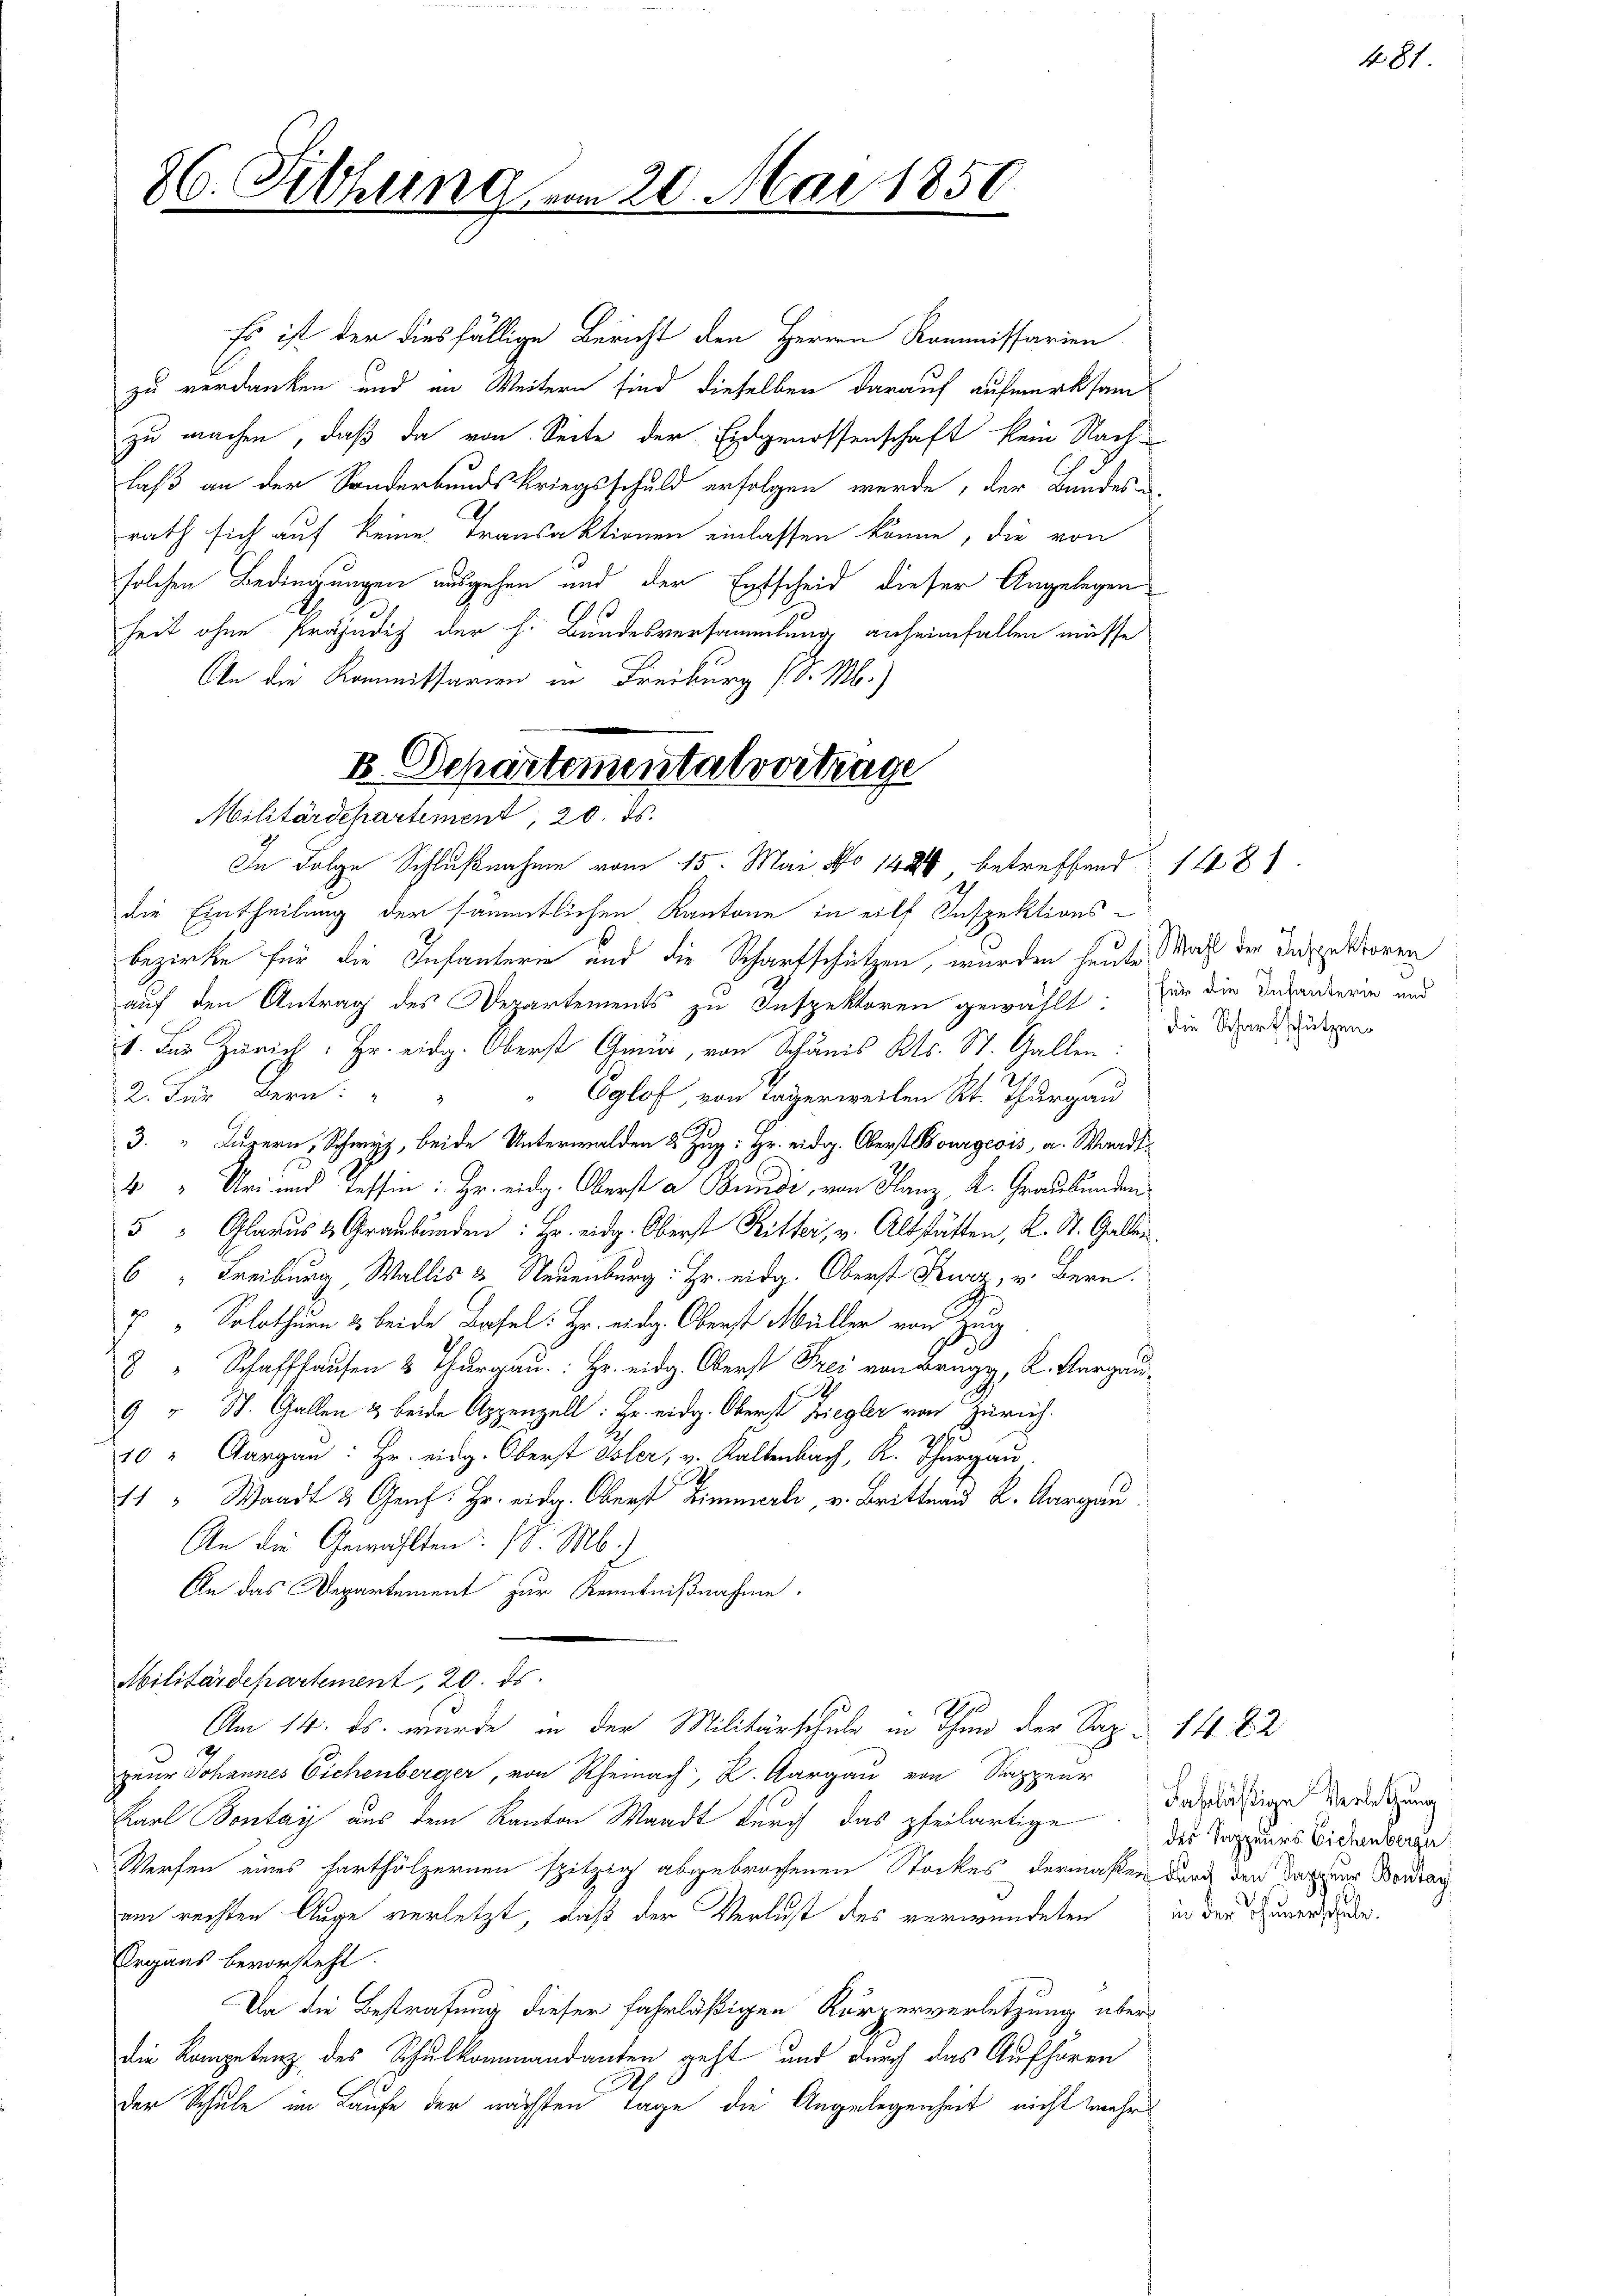
26. Filzung vom 20. Mai 1850.

Es ist der diesfällige Bericht den Herren Kommissarien
zu verdanken und in Weitern sind dieselben darauf aufmerksam
zu machen, daß da von Seite der Eidgenossenschaft kein Nach-
laß an der Sonderbundskriegsschuld erfolgen werde, der Bundes-
rath sich auf keine Transaktionen einlassen könne, die von
solchen Bedingungen ausgehen und der Entscheid dieser Angelegenheit ohne Präjudich der h. Bundesversammlung anheimfallen müsse
An die Kommissarien in Freiburg (S. M.)
In Folge Schlußnahme vom 15. Mai, No 1426 betreffend
die Eintheilung der sämmtlichen Kantone in eilf Inspektionsbezirke für die Infanterie und die Schaufschützen, wurden heute Maß der Despektoren
auf den Antrag des Departements zu Inspektoren gewählt:
1. Für Zürich: Hr. eidg. Oberst Gmür, von Schanis Kts. St. Gallen:
2. Für Bern: "
Eglof, von Tagerweilen Kt. Thurgau
3. " Luzern, Schwyz, beide Unterwalden 2 Zug: Hr. eidg. Oberst Bourgeois a. Waadt¬
4 " Uri und Tessin: Hr. eidg. Oberst a Bundi, von Hanz, K. Graubünden
5 " Glarus & Graubünden: Hr. eidg. Oberst Ritter, v. Altstätten, K. St. Gallen.
6 " Freiburg, Wallis & Neuenburg: Hr. eidg. Oberst Kurz, v. Bern.
7 " Solothurn 2 beide Basel: Hr. eidg. Oberst Müller von Zug
8" Schaffhausen Thurgau: Hr. eidg. Oberst Frei von Brugg, K. Aargau
.
9 “ St. Gallen & beide Appenzell: Hr. eidg. Oberst Ziegler von Zürich.
10 " Aargau: Hr. eidg. Oberst Oster, v. Kaltenbach, K. Thurgau
11 “ Waadt & Genf: Hr. eidg. Oberst Limmale, v. Brittend K. Aargau
An die Gewählten: d. M.
An das Departement zur Kenntnißnahme.
Militärdepartement, 20. ds.
A
Am 14. ds. wurde in der Militärschule in ihn der Sap. 14. 22
geur Johannes Eichenberger, von Aargau von Sapeur
Karl Bonay aus dem Kanton Waadt durch das pfeilartige
Werfen eines harthölzernen spitzig abgebrochenen Stockes dermaßen durch den Sarner Boudran
am rechten Auge verletzt, daß der Verlust des verwundeten
Ergans bevorsteht.
An die Bestrafung dieser fahrläßigen Körperverletzung über
die Kompetenz des Schulkommandanten geht und durch das Aufhören
.
der Schule im Laufe der nächsten Tage die Angelegenheit nicht mehr

2 Departementalvertrage
Militärdepartement, 20. ds.

für die Infanterie und
die Schartschützen.

1481

Fahrlästige Verletzung
des Sappeurs Eichenberge
in der Thunerschule.

481.